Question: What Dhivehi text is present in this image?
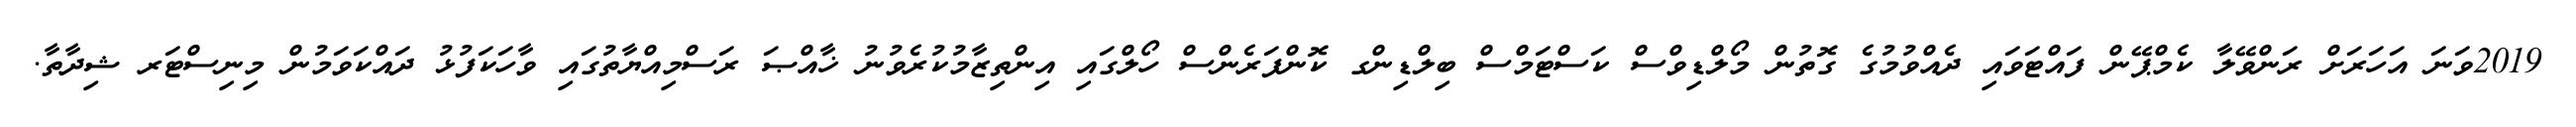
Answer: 2019ވަނަ އަހަރަށް ރަންވޭލާ ކެމްޕޭން ފައްޓަވައި ދެއްވުމުގެ ގޮތުން މޯލްޑިވްސް ކަސްޓަމްސް ބިލްޑިންގ ކޮންފަރެންސް ހޯލްގައި އިންތިޒާމުކުރެވުނު ޚާއްޞަ ރަސްމިއްޔާތުގައި ވާހަކަފުޅު ދައްކަވަމުން މިނިސްޓަރ ޝިދާތާ.